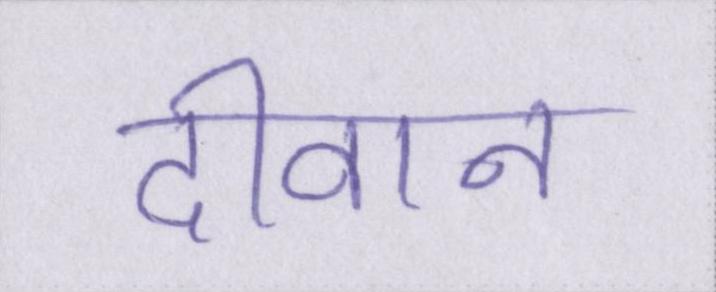
दीवान